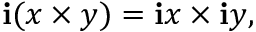
\mathbf { i } ( x \times y ) = \mathbf { i } x \times \mathbf { i } y ,